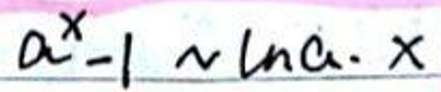
\(a ^ { x } - 1 \sim \ln a \cdot x\)